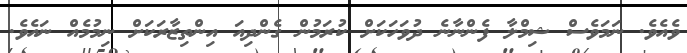
ވެއެވެ. ނަމަވެސް ޝިމްލާ ފެންނާނެ ދުވަހަކަށް ކުރަމުން ގެންދިއަ އިންތިޒާރަކަށް ނިމުމެއް ނައެވެ.